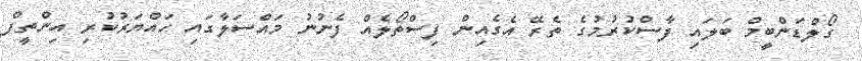
ގޯލްޑަންބީމް ބަލައި ފާސްކުރުމުގެ ތެރޭ އެގެއިން ފިސްތޯލެއް ފެނުނު މައްސަލާގައި ހައްޔަރުކުރި އިންތީފް